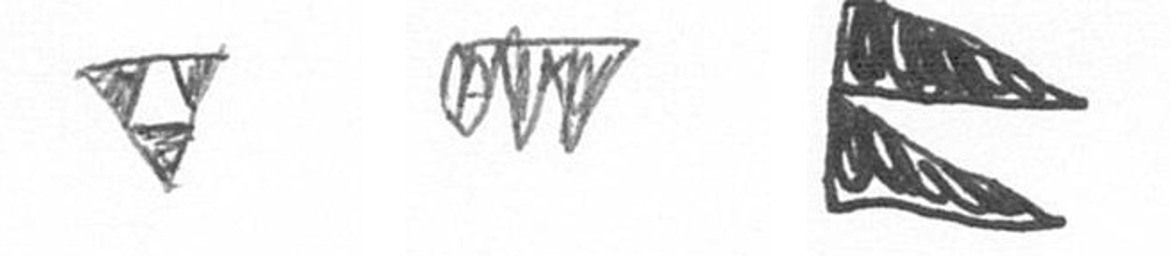
S L P